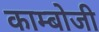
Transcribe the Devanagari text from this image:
काम्बोजी